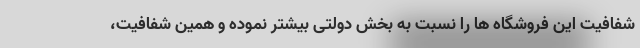
شفافیت این فروشگاه ها را نسبت به بخش دولتی بیشتر نموده و همین شفافیت،